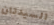
السيدتان